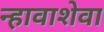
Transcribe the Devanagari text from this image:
न्हावाशेवा